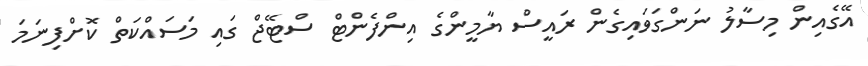
އޭގެއިން މިސާލު ނަންގަވައިގެން ރައީސް ޔާމީންގެ އިންފެންޓް ސްޓޭޖް ގައި މަސައްކަތް ކޮށްފިނަމަ